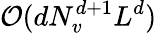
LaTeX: \mathcal{O}(dN_{v}^{d+1}L^{d})